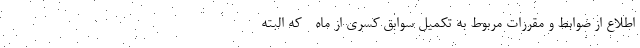
اطلاع از ضوابط و مقررات مربوط به تکمیل سوابق کسری از ماه - که البته